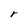
Character: r